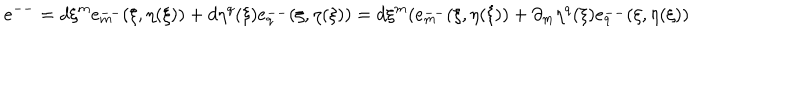
e ^ { -- } = d \xi ^ { m } e _ { m } ^ { -- } ( \xi , \eta ( \xi ) ) + d \eta ^ { q } ( \xi ) e _ { q } ^ { -- } ( \xi , \eta ( \xi ) ) = d \xi ^ { m } ( e _ { m } ^ { -- } ( \xi , \eta ( \xi ) ) + \partial _ { m } \eta ^ { q } ( \xi ) e _ { q } ^ { -- } ( \xi , \eta ( \xi ) )